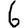
Digit: 6